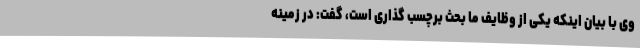
وی با بیان اینکه یکی از وظایف ما بحث برچسب ‌گذاری است، گفت: در زمینه